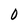
Character: 0